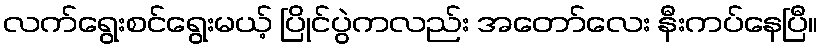
လက်ရွေးစင်ရွေးမယ့် ပြိုင်ပွဲကလည်း အတော်လေး နီးကပ်နေပြီ။